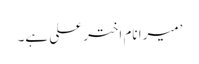
’میرا نام اختر علی ہے۔